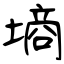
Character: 墒